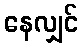
နေလျှင်